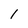
Character: I